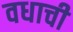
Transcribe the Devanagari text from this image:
वधाची